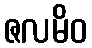
ဇလမိဝ